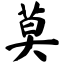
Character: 莫